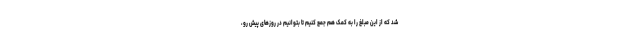
شد که از این مبلغ را به کمک هم جمع کنیم تا بتوانیم در روزهای پیش رو،